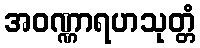
အဝဏ္ဏာရဟသုတ္တံ